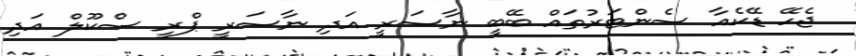
ޖެހޭ ޑޭކެއާ ސެންޓަރުތައް ބޭބީ ނާސަރީ އަދި ނާސަރީ ޕްރީ ސްކޫލް އަދި